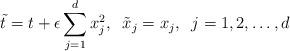
LaTeX: \begin{align*}{\tilde t}=t+\epsilon\sum_{j=1}^dx_j^2,\;\;{\tilde x}_j=x_j,\;\;j=1,2,\ldots,d\end{align*}